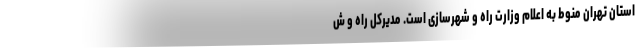
استان تهران منوط به اعلام وزارت راه و شهرسازی است. مدیرکل راه و ش